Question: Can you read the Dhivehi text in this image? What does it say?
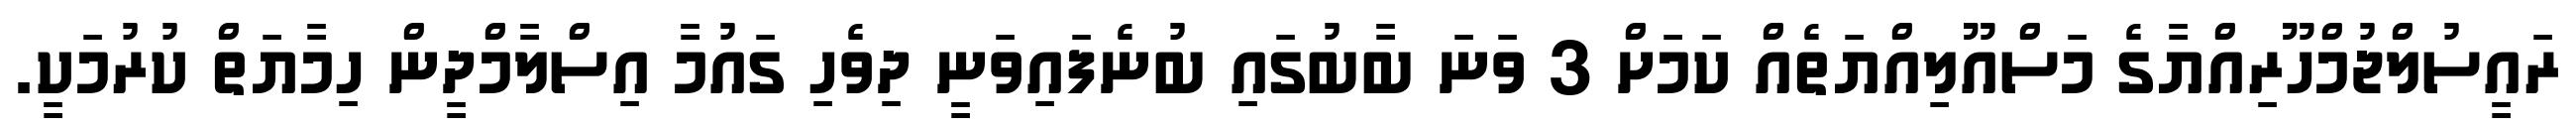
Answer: ރައީސުލްޖުމްހޫރިއްޔާގެ މަސްއޫލިއްޔަތެއް ކަމަށް 3 ވަނަ ބާބުގައި ބުނެފައިވަނީ ދިވެހި ގައުމާ އިސްލާމްދީން ހިމާޔަތް ކުރުމަކީ.